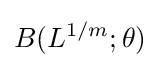
B(L^{1/m};\theta )